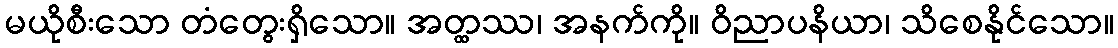
မယိုစီးသော တံတွေးရှိသော။ အတ္ထဿ၊ အနက်ကို။ ဝိညာပနိယာ၊ သိစေနိုင်သော။